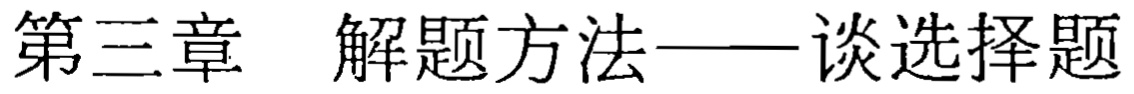
第三章 解题方法——谈选择题